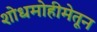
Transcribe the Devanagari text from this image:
शोधमोहीमेतून